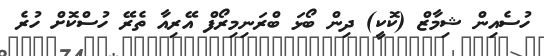
ހުސެއިން ޝިމާޒް (ކޮކީ) ދިން ބޯޅަ ބްރަނިމިރޯފް އޭރިއާ ތެރޭ ހުސްކޮށް ހުރެ